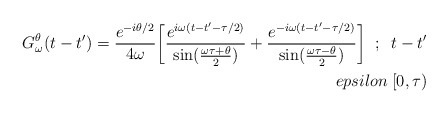
\begin{align*}G_\omega^\theta(t-t')={e^{-i\theta/2}\over 4\omega}\biggl[{e^{i\omega(t-t'-\tau/2)}\over\sin({\omega\tau+\theta\over2})} + {e^{-i\omega(t-t'-\tau/2)}\over\sin({\omega\tau-\theta\over2})} \biggr]\;\; ;\;\; t-t'\\epsilon\;[0,\tau)\end{align*}